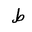
Letter: _da